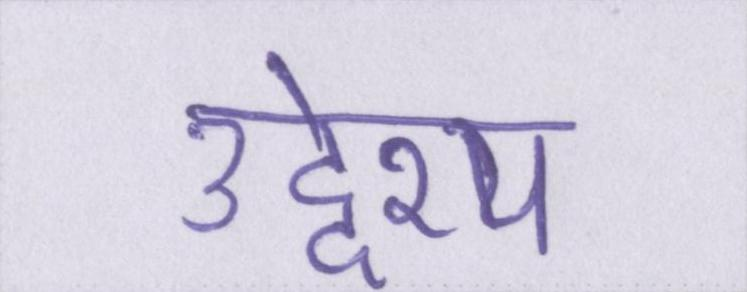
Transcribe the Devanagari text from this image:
उद्देश्य